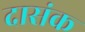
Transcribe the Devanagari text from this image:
दासंक